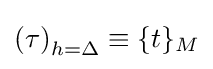
\left(\tau \right)_{h=\Delta }\equiv \{t\}_{M}